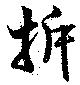
拆